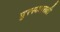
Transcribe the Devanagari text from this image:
पुरस्कारली